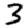
Digit: 3